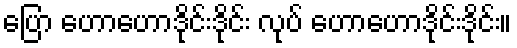
ပြော ဟောဟောဒိုင်းဒိုင်း လုပ် ဟောဟောဒိုင်းဒိုင်း။